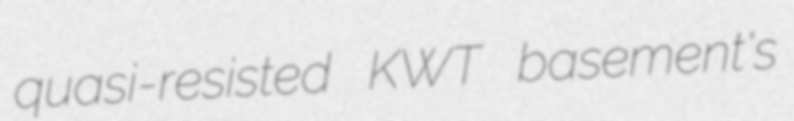
quasi-resisted KWT basement's